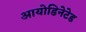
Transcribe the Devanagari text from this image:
आयोडिनेटेड